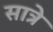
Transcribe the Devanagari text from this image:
सात्रे